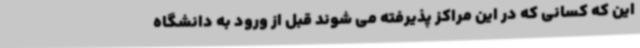
این که کسانی که در این مراکز پذیرفته می شوند قبل از ورود به دانشگاه